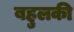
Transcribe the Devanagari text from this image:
बहुलकी